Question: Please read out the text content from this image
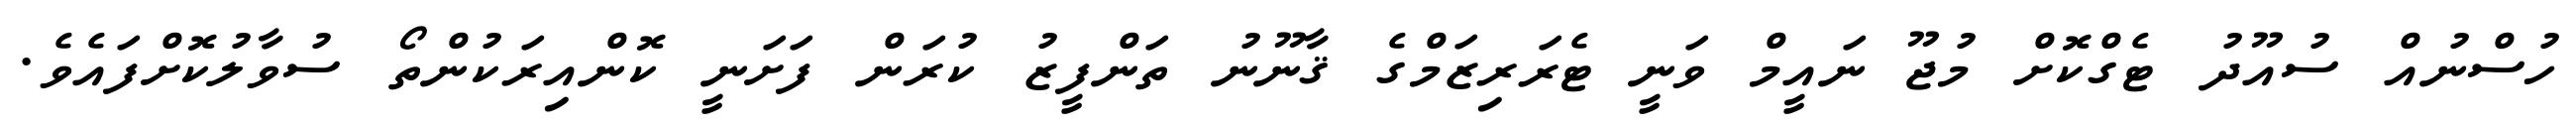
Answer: ހުސްނުއް ސުއޫދު ޓެގްކޮށް މުޖޫ ނައީމް ވަނީ ޓެރަރިޒަމްގެ ޤާނޫނު ތަންފީޒު ކުރަން ފަށަނީ ކޮންއިރަކުންތޯ ސުވާލުކޮށްފައެވެ.